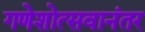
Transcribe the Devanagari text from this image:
गणेशोत्सवानंतर